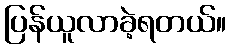
ပြန်ယူလာခဲ့ရတယ်။